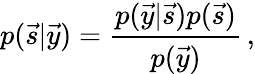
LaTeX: p(\vec{s}\vert\vec{y})=\frac{p(\vec{y}\vert\vec{s})p(\vec{s})}{p(\vec{y})}\, ,